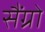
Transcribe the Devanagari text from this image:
सैंग्रो